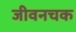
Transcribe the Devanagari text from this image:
जीवनचक